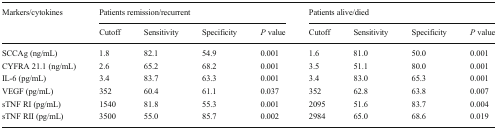
<table><thead><tr><td rowspan="2"><b>Markers/cytokines</b></td><td colspan="4"><b>Patients remission/recurrent</b></td><td colspan="4"><b>Patients alive/died</b></td></tr><tr><td><b>Cutoff</b></td><td><b>Sensitivity</b></td><td><b>Specificity</b></td><td><b><i>P</i> value</b></td><td><b>Cutoff</b></td><td><b>Sensitivity</b></td><td><b>Specificity</b></td><td><b><i>P</i> value</b></td></tr></thead><tbody><tr><td>SCCAg (ng/mL)</td><td>1.8</td><td>82.1</td><td>54.9</td><td>0.001</td><td>1.6</td><td>81.0</td><td>50.0</td><td>0.001</td></tr><tr><td>CYFRA 21.1 (ng/mL)</td><td>2.6</td><td>65.2</td><td>68.2</td><td>0.001</td><td>3.5</td><td>51.1</td><td>80.0</td><td>0.001</td></tr><tr><td>IL-6 (pg/mL)</td><td>3.4</td><td>83.7</td><td>63.3</td><td>0.001</td><td>3.4</td><td>83.0</td><td>65.3</td><td>0.001</td></tr><tr><td>VEGF (pg/mL)</td><td>352</td><td>60.4</td><td>61.1</td><td>0.037</td><td>352</td><td>62.8</td><td>63.8</td><td>0.007</td></tr><tr><td>sTNF RI (pg/mL)</td><td>1540</td><td>81.8</td><td>55.3</td><td>0.001</td><td>2095</td><td>51.6</td><td>83.7</td><td>0.004</td></tr><tr><td>sTNF RII (pg/mL)</td><td>3500</td><td>55.0</td><td>85.7</td><td>0.002</td><td>2984</td><td>65.0</td><td>68.6</td><td>0.019</td></tr></tbody></table>